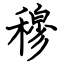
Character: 穆